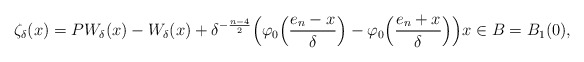
\begin{align*} \zeta_\delta(x)=PW_{\delta}(x)-W_{\delta}(x)+\delta^{-\frac{n-4}{2}}\Big(\varphi_0\Big(\frac{e_n-x}{\delta}\Big)-\varphi_0\Big(\frac{e_n+x}{\delta}\Big)\Big) x\in {B}=B_1(0), \end{align*}